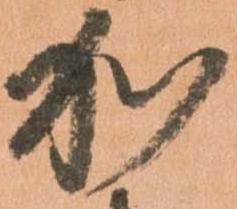
加